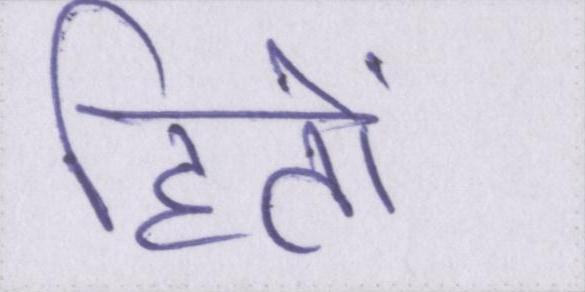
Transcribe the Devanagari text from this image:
हितों